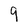
Character: 9